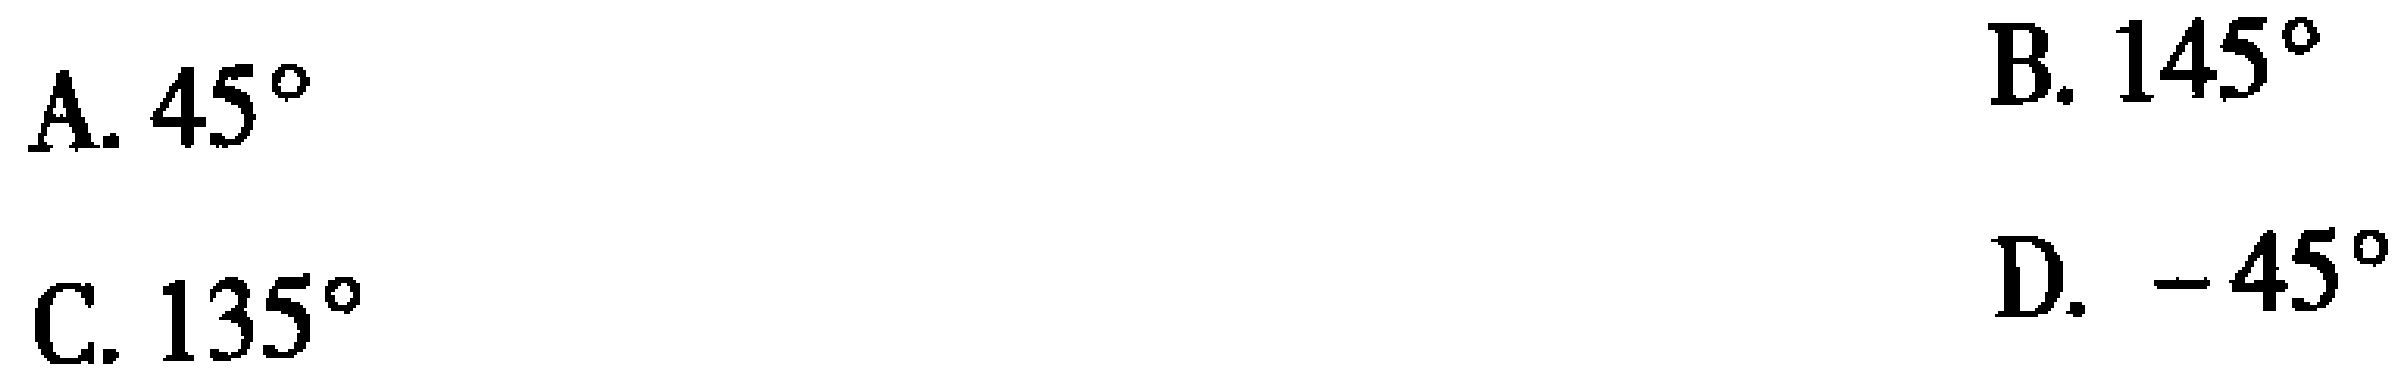
A. \(45^{\circ}\)
B. \(145^{\circ}\)
C. \(135^{\circ}\)
D. \(-45^{\circ}\)